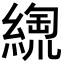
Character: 𦃥